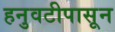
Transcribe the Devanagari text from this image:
हनुवटीपासून